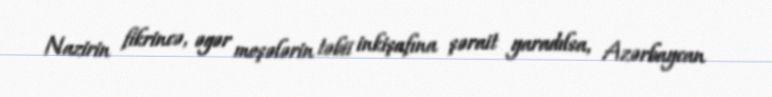
Nazirin fikrincə, əgər meşələrin təbii inkişafına şərait yaradılsa, Azərbaycan